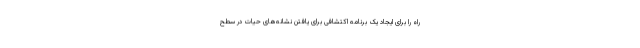
راه را برای ایجاد یک برنامه اکتشافی برای یافتن نشانه‌های حیات در سطح